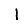
Digit: 1